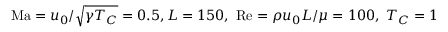
\mathrm { M a } = u _ { 0 } / \sqrt { \gamma T _ { C } } = 0 . 5 , L = 1 5 0 , \ \mathrm { R e } = \rho u _ { 0 } L / \mu = 1 0 0 , \ T _ { C } = 1